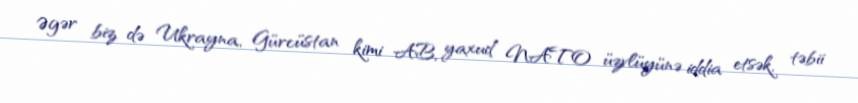
Əgər biz də Ukrayna, Gürcüstan kimi AB, yaxud NATO üzvlüyünə iddia etsək, təbii